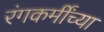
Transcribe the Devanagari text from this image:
रंगकर्मींच्या